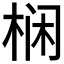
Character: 𱣡